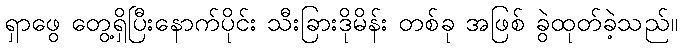
ရှာဖွေ တွေ့ရှိပြီးနောက်ပိုင်း သီးခြားဒိုမိန်း တစ်ခု အဖြစ် ခွဲထုတ်ခဲ့သည်။